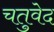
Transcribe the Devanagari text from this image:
चतुवेद